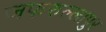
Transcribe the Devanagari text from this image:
जफरुल्लापुर